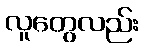
လူတွေလည်း